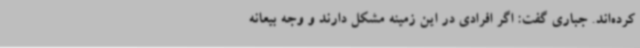
کرده‌اند. جباری گفت: اگر افرادی در این زمینه مشکل دارند و وجه بیعانه